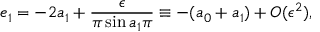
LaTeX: e _ { 1 } = - 2 a _ { 1 } + \frac { \epsilon } { \pi \sin a _ { 1 } \pi } \equiv - ( a _ { 0 } + a _ { 1 } ) + O ( \epsilon ^ { 2 } ) ,